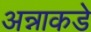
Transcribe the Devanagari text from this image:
अन्नाकडे